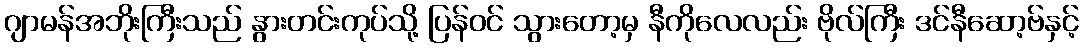
ဂျာမန်အဘိုးကြီးသည် နွားတင်းကုပ်သို့ ပြန်ဝင် သွားတော့မှ နီကိုလေလည်း ဗိုလ်ကြီး ဒင်နီဆော့ဗ်နှင့်